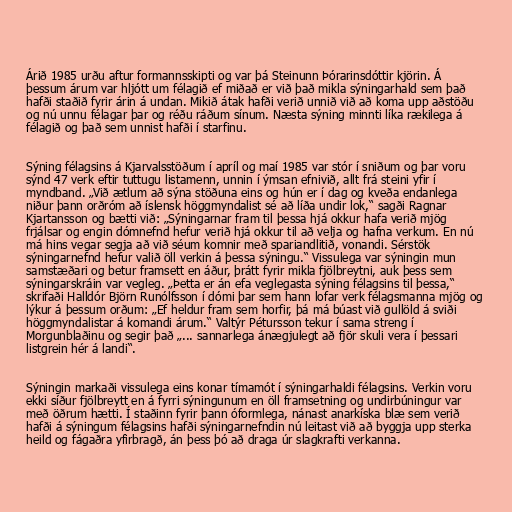
Árið 1985 urðu aftur formannsskipti og var þá Steinunn Þórarinsdóttir kjörin. Á
þessum árum var hljótt um félagið ef miðað er við það mikla sýningarhald sem það
hafði staðið fyrir árin á undan. Mikið átak hafði verið unnið við að koma upp aðstöðu
og nú unnu félagar þar og réðu ráðum sínum. Næsta sýning minnti líka rækilega á
félagið og það sem unnist hafði í starfinu.

Sýning félagsins á Kjarvalsstöðum í apríl og maí 1985 var stór í sniðum og þar voru
sýnd 47 verk eftir tuttugu listamenn, unnin í ýmsan efnivið, allt frá steini yfir í
myndband. „Við ætlum að sýna stöðuna eins og hún er í dag og kveða endanlega
niður þann orðróm að íslensk höggmyndalist sé að líða undir lok,“ sagði Ragnar
Kjartansson og bætti við: „Sýningarnar fram til þessa hjá okkur hafa verið mjög
frjálsar og engin dómnefnd hefur verið hjá okkur til að velja og hafna verkum. En nú
má hins vegar segja að við séum komnir með spariandlitið, vonandi. Sérstök
sýningarnefnd hefur valið öll verkin á þessa sýningu.“ Vissulega var sýningin mun
samstæðari og betur framsett en áður, þrátt fyrir mikla fjölbreytni, auk þess sem
sýningarskráin var vegleg. „Þetta er án efa veglegasta sýning félagsins til þessa,“
skrifaði Halldór Björn Runólfsson í dómi þar sem hann lofar verk félagsmanna mjög og
lýkur á þessum orðum: „Ef heldur fram sem horfir, þá má búast við gullöld á sviði
höggmyndalistar á komandi árum.“ Valtýr Pétursson tekur í sama streng í
Morgunblaðinu og segir það „... sannarlega ánægjulegt að fjör skuli vera í þessari
listgrein hér á landi“.

Sýningin markaði vissulega eins konar tímamót í sýningarhaldi félagsins. Verkin voru
ekki síður fjölbreytt en á fyrri sýningunum en öll framsetning og undirbúningur var
með öðrum hætti. Í staðinn fyrir þann óformlega, nánast anarkíska blæ sem verið
hafði á sýningum félagsins hafði sýningarnefndin nú leitast við að byggja upp sterka
heild og fágaðra yfirbragð, án þess þó að draga úr slagkrafti verkanna.